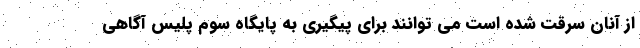
از آنان سرقت شده است می توانند برای پیگیری به پایگاه سوم پلیس آگاهی